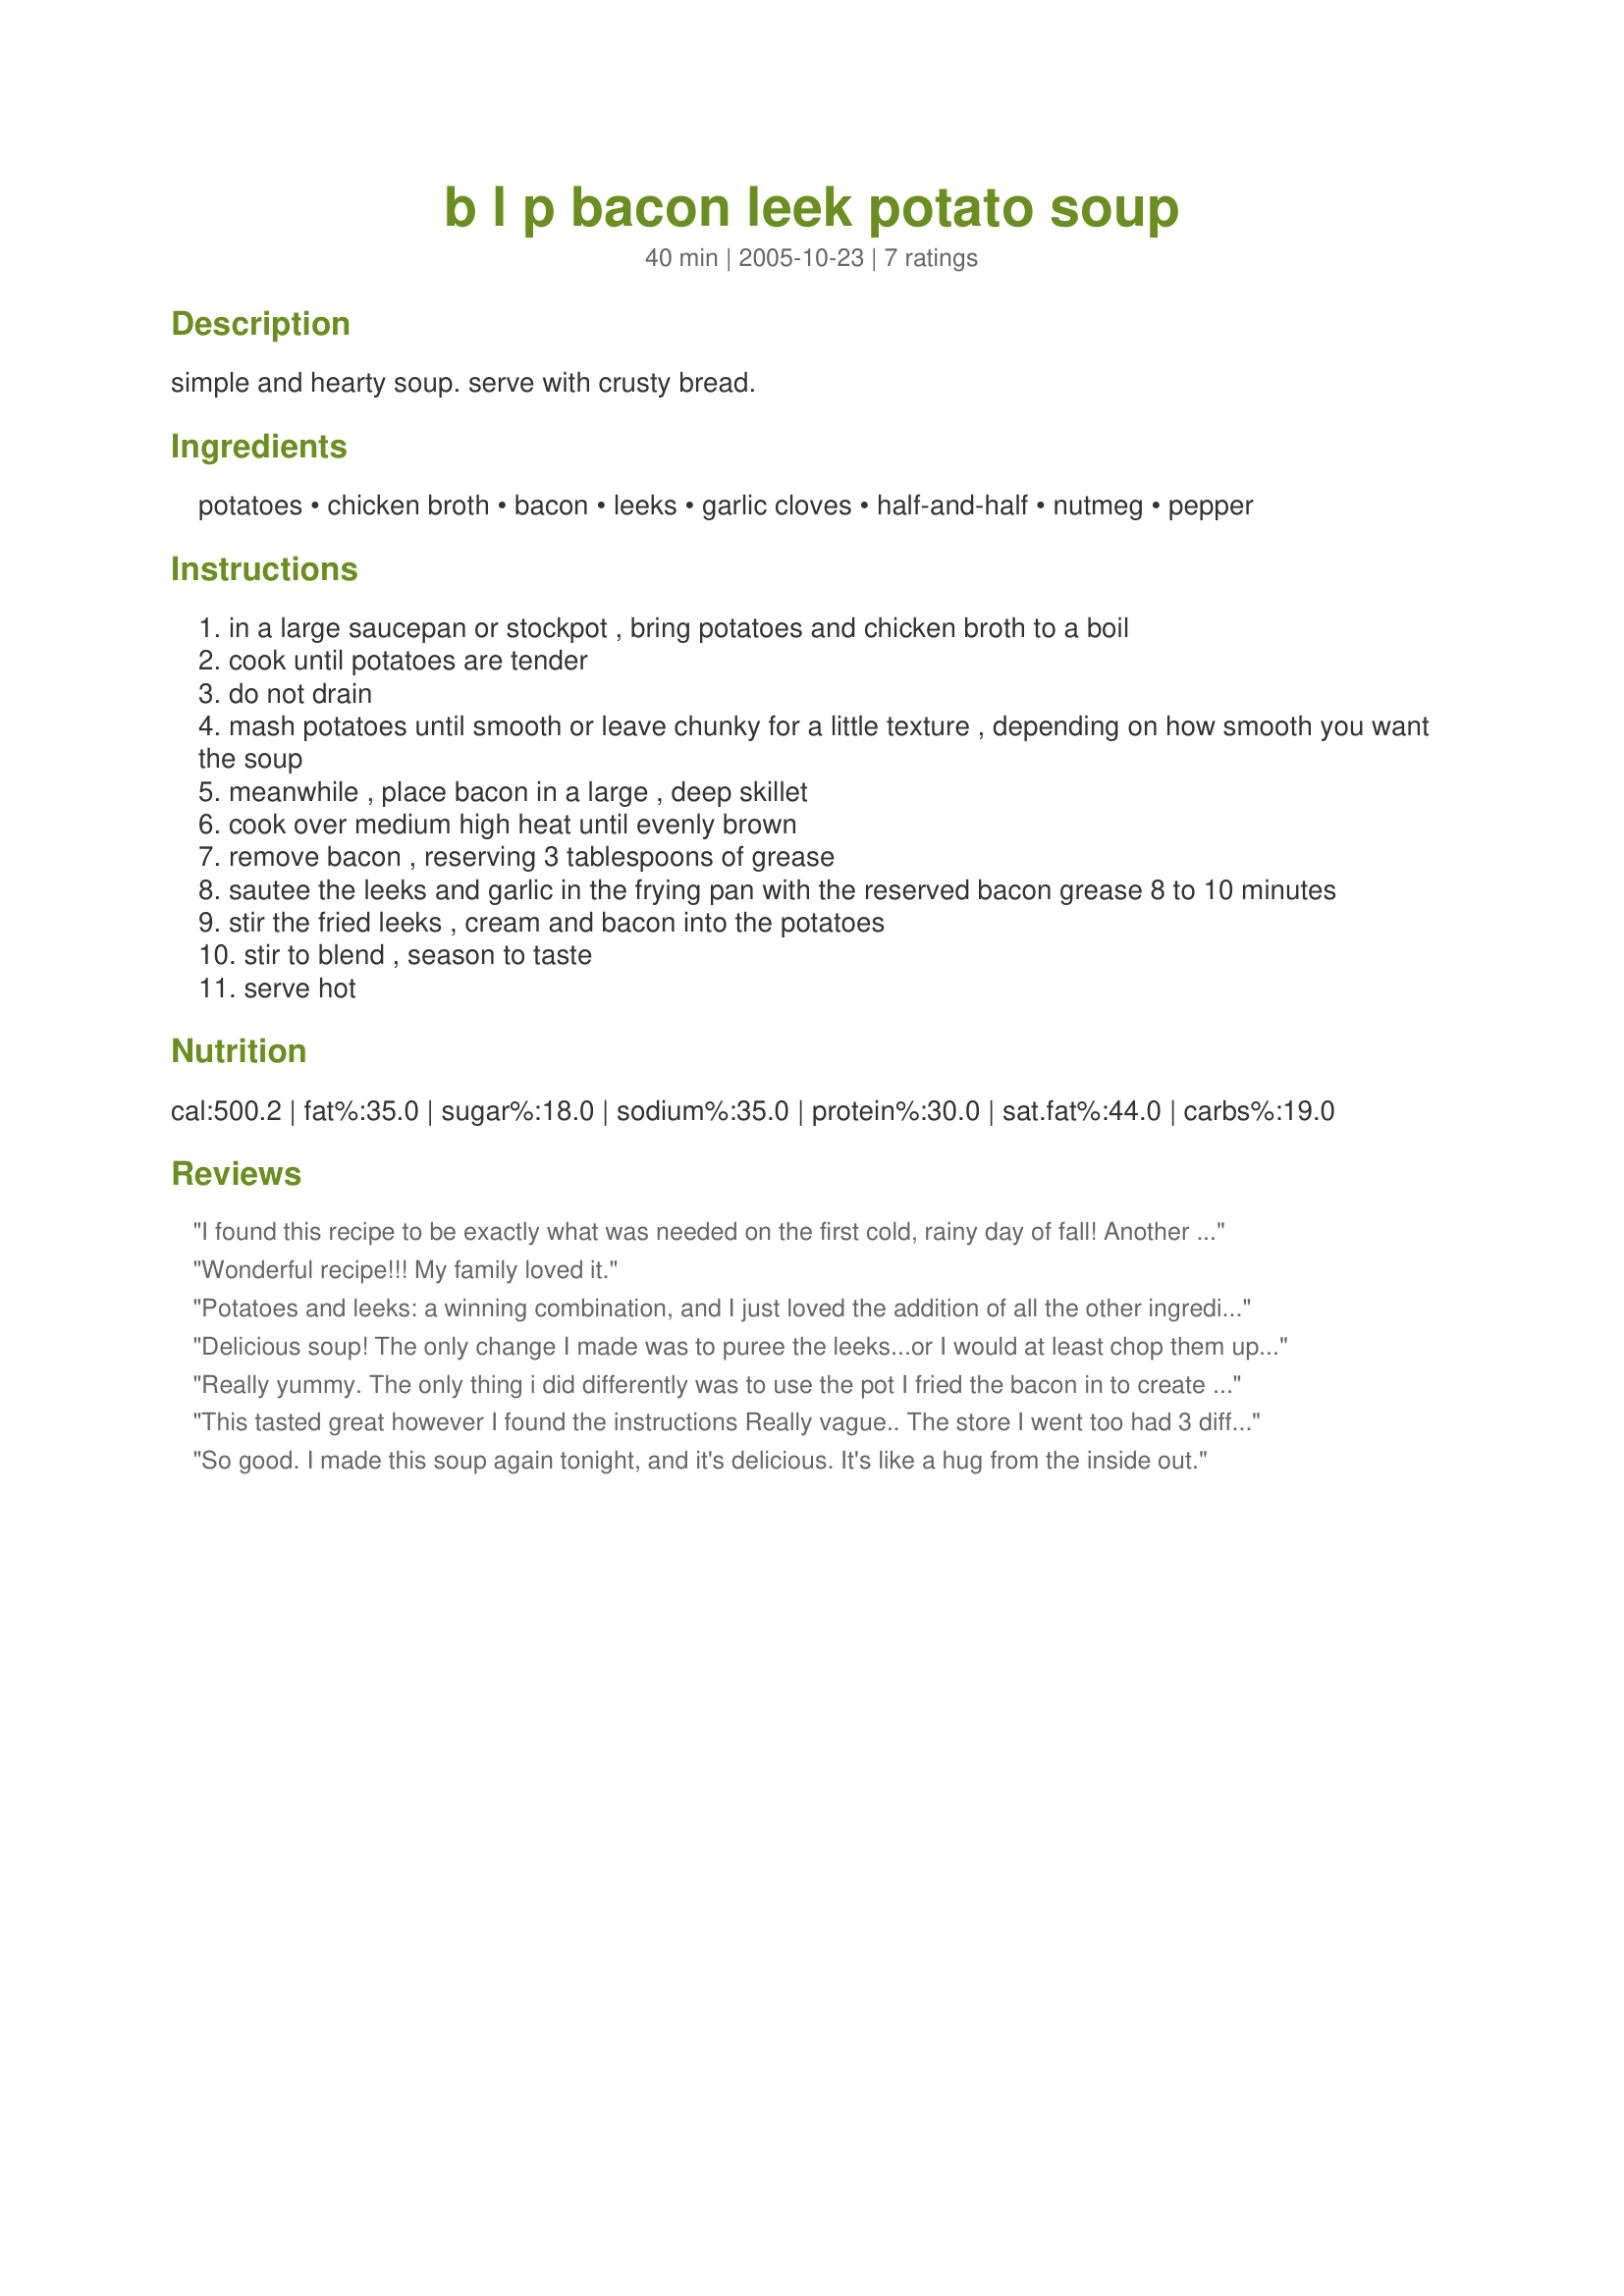
b l p bacon leek potato soup
Preparation time: 40 minutes

simple and hearty soup. serve with crusty bread.

Ingredients:
potatoes, chicken broth, bacon, leeks, garlic cloves, half-and-half, nutmeg, pepper

Steps:
in a large saucepan or stockpot , bring potatoes and chicken broth to a boil
cook until potatoes are tender
do not drain
mash potatoes until smooth or leave chunky for a little texture , depending on how smooth you want the soup
meanwhile , place bacon in a large , deep skillet
cook over medium high heat until evenly brown
remove bacon , reserving 3 tablespoons of grease
sautee the leeks and garlic in the frying pan with the reserved bacon grease 8 to 10 minutes
stir the fried leeks , cream and bacon into the potatoes
stir to blend , season to taste
serve hot

Reviews:
I found this recipe to be exactly what was needed on the first cold, rainy day of fall! Another reviewer mentioned that they had a difficult time making this as they weren&#039;t sure what size of potato to use. Most recipes will state 1 lb or 2 cups , etc , but I found by putting the 4 cups of liquid into the pot first and then adding enough peeled, quartered potatoes until they were about 1&quot; below the stock did the trick. I used 10 small/medium size russet potatoes and also used chicken stock instead of the broth, as It&#039;s a personal preference for me. I find stock had less salt that most broths and cost just the same. When the potatoes were done I used a potato masher and then added the carmelized leeks to it. (I did not add the crispy bacon) After 5 minutes I used an immersion blender and added the cream, which resulted in a velvety smooth soup that was AMAZING. I served the soup with little bowls of toppings and allowed my family to pick and choose their own. The toppings I put out were the crispy bacon pieces, shredded extra sharp white cheddar, chives, fresh Parmesan cheese and green onions. Most of my family choose the crispy bacon and cheddar! Delicious!!!
Wonderful recipe!!! My family loved it.
Potatoes and leeks: a winning combination, and I just loved the addition of all the other ingredients. A truly wonderful soup! KelBel's Tuscan Soup Recipe #94089 was one of the first recipes I found on Zaar - and I've made it some half dozen times since then - and this recipe has now joined it in my favourite soups cookbook. Thank you KelBel for sharing yet another yummy soup recipe! 

Delicious soup! The only change I made was to puree the leeks...or I would at least chop them up a bit. Wouldn't change any else.
Really yummy. The only thing i did differently was to use the pot I fried the bacon in to create the soup (I wanted to get all the nice little crispy pieces of bacon). I also added celery & carrots-just can't seem to make a soup w/o adding those 2 ingrediants. Thanks for an easy pot-o-soup. DELICIOUS!
This tasted great however I found the instructions Really vague.. The store I went too had 3 different sizes of leeks.. It says just add 3... And it says 8 potatoes... well what sues potatoes and what type? I ended up usei g russets which where a bigger potato and after the cream went in it was still way to thick.. It was almost the consistency of mash potatoes I had to ad double the cream and another cup of broth... I followed the recipe exactly.. So I concluded there was to many potatoes in it... Which means that I bought potatoes that where to big... And the store had even bigger ones.. It would be better if u did the potatoes by volume or weight or state what size and type.. But other than this... Amazing simple recipe
So good. I made this soup again tonight, and it's delicious. It's like a hug from the inside out.
